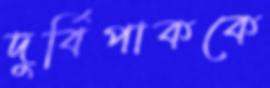
দুর্বিপাককে